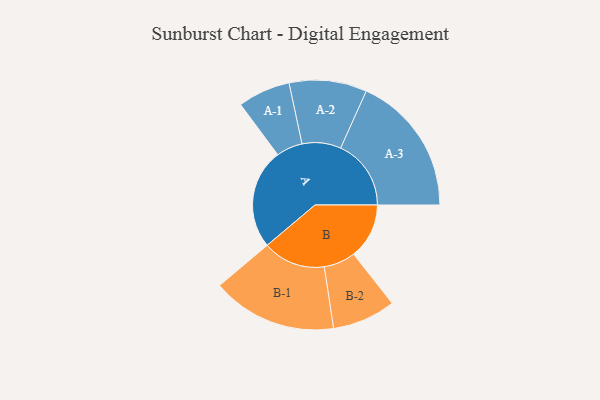
{"axis": {"x": "Segment", "y": "Value"}, "legend": ["", "A", "B"], "data": [{"x": "A", "y": 408, "type": ""}, {"x": "B", "y": 226, "type": ""}, {"x": "A-1", "y": 107, "type": "A"}, {"x": "A-2", "y": 158, "type": "A"}, {"x": "A-3", "y": 287, "type": "A"}, {"x": "B-1", "y": 255, "type": "B"}, {"x": "B-2", "y": 129, "type": "B"}]}